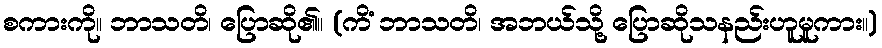
စကားကို။ ဘာသတိ၊ ပြောဆို၏။ (ကိံ ဘာသတိ၊ အဘယ်သို့ ပြောဆိုသနည်းဟူမူကား။)